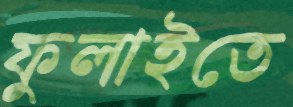
ফুলাইতে